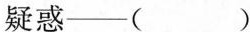
疑惑— ()